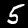
Label: 5